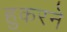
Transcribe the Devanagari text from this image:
हुकरने